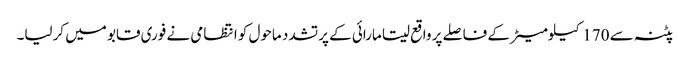
پٹنہ سے 170کیلومیٹر کے فاصلے پر واقع سیتا مارائی کے پرتشدد ماحول کو انتظامی نے فوری قابو میں کرلیا۔